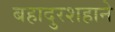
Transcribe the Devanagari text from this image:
बहादुरशहाने